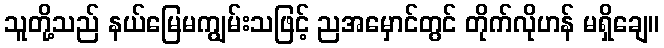
သူတို့သည် နယ်မြေမကျွမ်းသဖြင့် ညအမှောင်တွင် တိုက်လိုဟန် မရှိချေ။